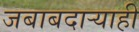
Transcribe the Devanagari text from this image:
जबाबदार्‍याही